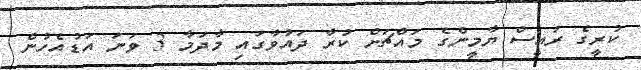
ކުރީގެ ރައީސް ޔާމީންގެ މައްޗަށް ކުރާ ދައުވާގައި މާދަމާ 3 ވަނަ އަޑުއެހުން